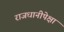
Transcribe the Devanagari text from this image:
राजधानीपेक्षा